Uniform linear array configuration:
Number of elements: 24
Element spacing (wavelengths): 0.75
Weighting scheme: exponential
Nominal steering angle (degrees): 45
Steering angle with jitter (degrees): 46.828
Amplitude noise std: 0.05
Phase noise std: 0.05

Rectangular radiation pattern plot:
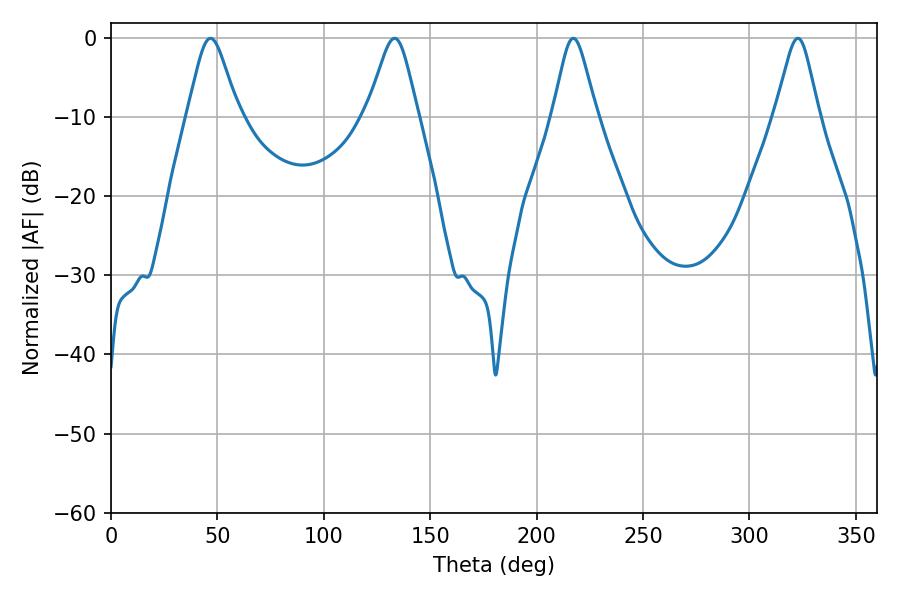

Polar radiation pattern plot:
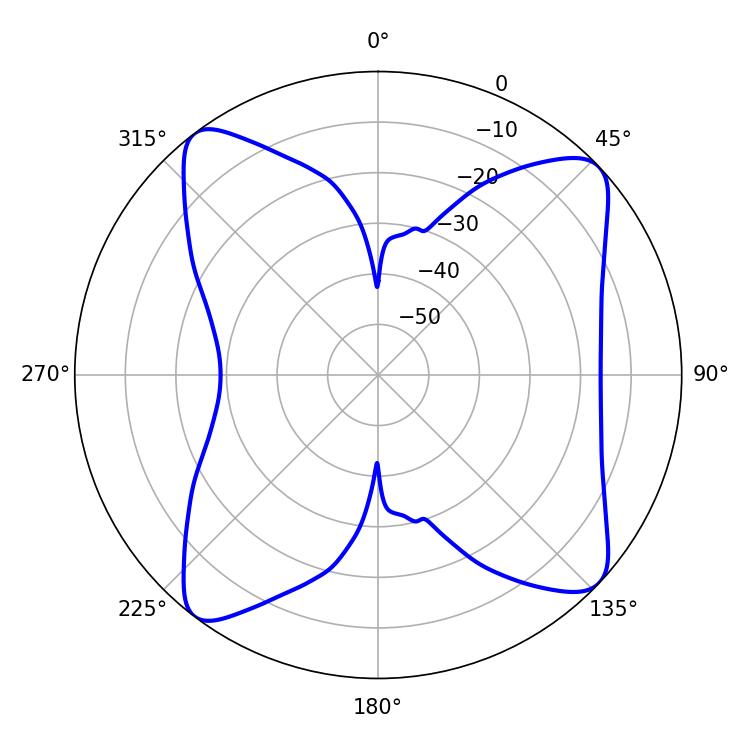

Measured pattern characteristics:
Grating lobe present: TRUE
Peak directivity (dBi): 12.052
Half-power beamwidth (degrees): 9.72
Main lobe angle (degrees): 217.26